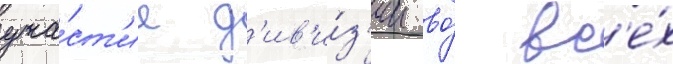
уча́ст'ие д'ив'и́з'ии во́ вс'е́х